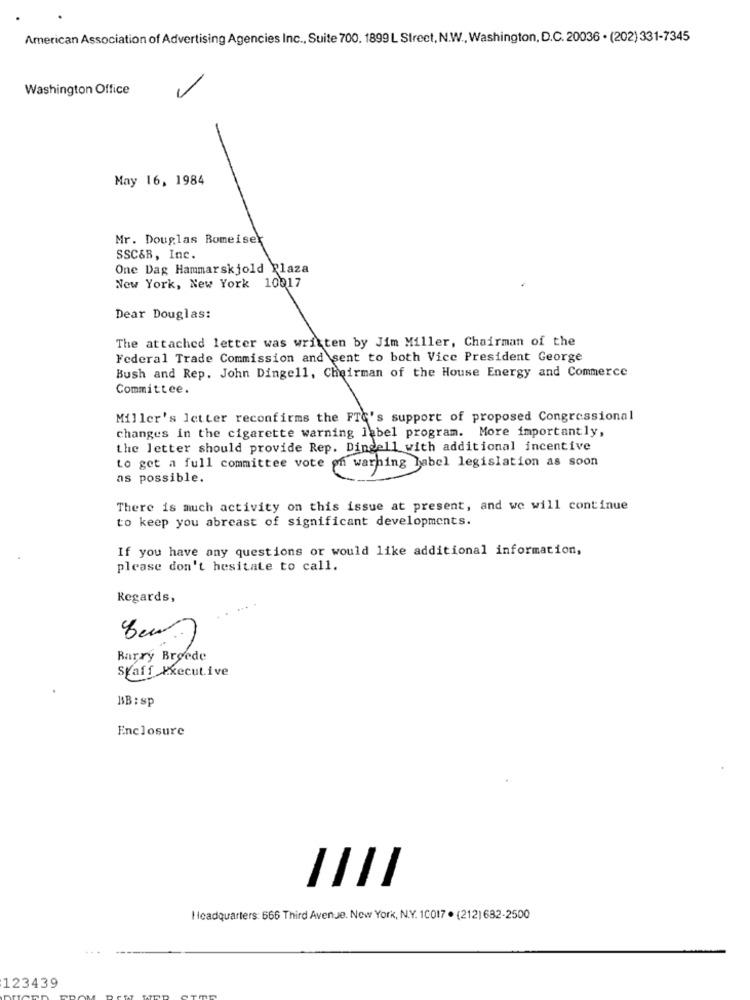
American Association of Advertising Agencies Inc ., Suite 700. 1899 L Street, N.W ., Washington, D.C. 20036 . (202)331-7345
Washington Office
May 16, 1984
Mr. Douglas Romeisek
SSC&B, Inc.
One Dag Hammarskjold Plaza
New York, New York 10017
Dear Douglas:
The attached letter was written by Jim Miller, Chairman of the
Federal Trade Commission and sent to both Vice President George
Bush and Rep. John Dingell, Chairman of the House Energy and Commerce
Committee.
Miller's letter reconfirms the FTQ's support of proposed Congressional
changes in the cigarette warning label program. More importantly,
the letter should provide Rep. Dingell with additional incentive
to get a full committee vote on warning label legislation as soon
as possible.
There is much activity on this issue at present, and we will continue
to keep you abreast of significant developments.
If you have any questions or would like additional information,
please don't hesitate to call.
Regards,
Barry Broede
Staff Executive
BB : sp
Enclosure
Headquarters: 666 Third Avenue. New York, N.Y. 10017 . (212) 632-2500
123439